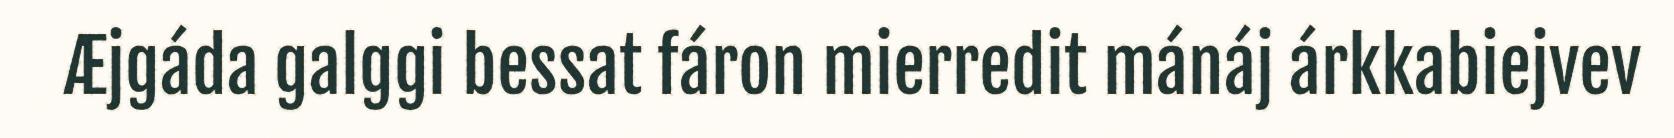
Æjgáda galggi bessat fáron mierredit mánáj árkkabiejvev